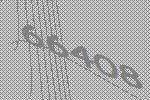
66408